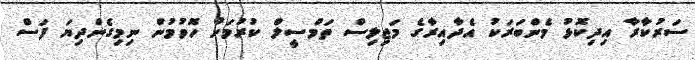
ސަރުކާރާ އިދިކޮޅު މެންބަރަކު އެދާއިރާގެ މަޖިލިސް ތަމްސީލް ކުރުމަށް ހޮވުމުން ނިމިގެންދިޔަ ފަސް